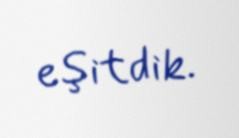
eşitdik.